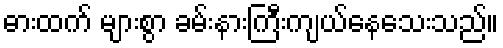
ဓားထက် များစွာ ခမ်းနားကြီးကျယ်နေသေးသည်။